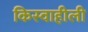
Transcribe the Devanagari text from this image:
किस्वाहीली